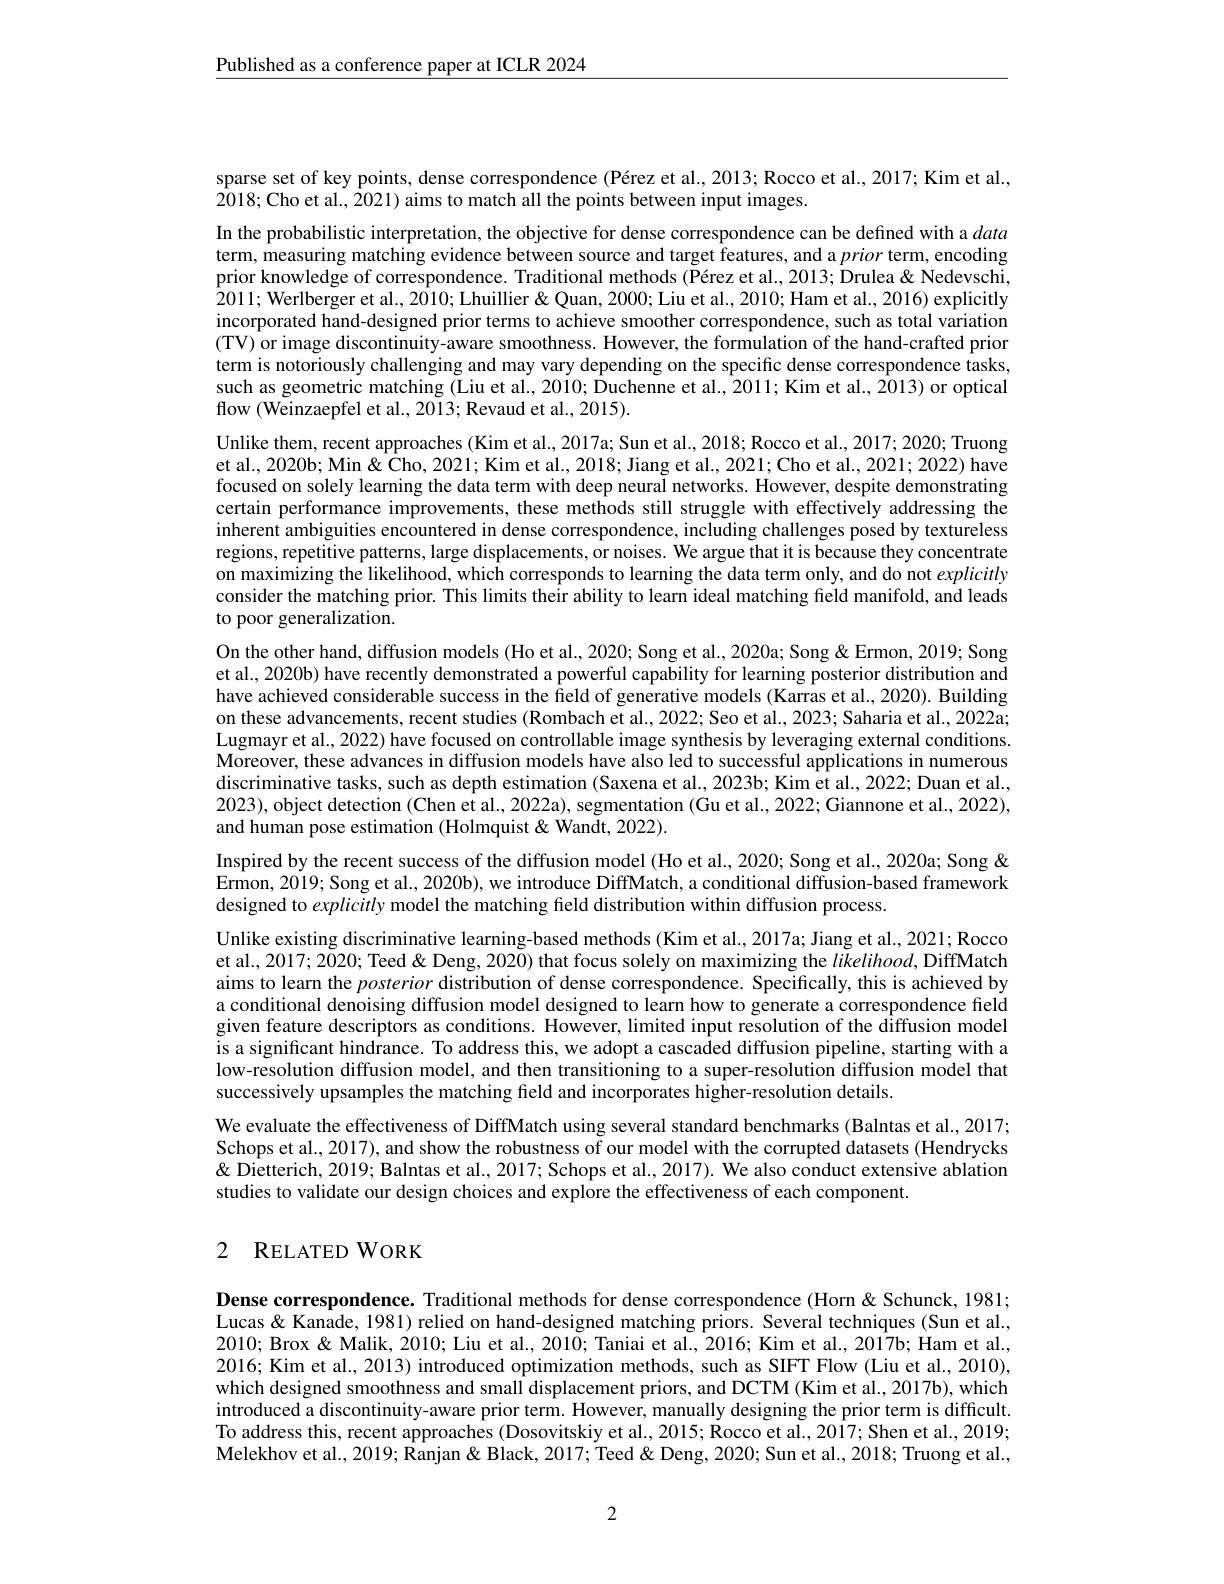
$\underline{\text{Published as a conference paper at ICLR 2024}}$

sparse set of key points, dense correspondence (Pérez et al., 2013; Rocco et al., 2017; Kim et al.,
$\hat{20}18;$Cho et al., $\hat{2021})$ aims to match all the points between input images.

In the probabilistic interpretation, the objective for dense correspondence can be defined with a data term, measuring matching evidence between source and target features, and a prior term, encoding prior knowledge of correspondence. Traditional methods (Pérez et al., 2013; Drulea& Nedevschi, $\hat{2}011;\tilde{\text{Werlbergeretal., 2010; Lhuillier }\&}$Quan, 2000; Liu et al., 2010; Ham et al., 2016) explicitly incorporated hand-designed prior terms to achieve smoother correspondence, such as total variation (TV) or image discontinuity-aware smoothness. However, the formulation of the hand-crafted prior term is notoriously challenging and may vary depending on the specific dense correspondence tasks, such as geometric matching (Liu et al., 2010; Duchenne et al., 2011; Kim et al., 2013) or optical flow (Weinzaepfel et al., 2013; Revaud et al., 2015).
Unlike them, recent approaches (Kim et al., 2017a; Sun et al., 2018; Rocco et al., 2017; 2020; Truong et al., 2020b; Min & Cho, 2021; Kim et al., 2018; Jiang et al., 2021; Cho et al., 2021; 2022) have focused on solely learning the data term with deep neural networks. However, despite demonstrating certain performance improvements, these methods still struggle with effectively addressing the inherent ambiguities encountered in dense correspondence, including challenges posed by textureless regions, repetitive patterns, large displacements, $\hat{\text{or noises.We arguethatitisbecausethey}}$ concentrate on maximizing the likelihood, which corresponds to learning the data term only, and do not explicitly consider the matching prior. This limits their ability to learn ideal matching field manifold, and leads to poor generalization.
On the other hand, diffusion models (Ho et al., 2020; Song et al., 2020a; Song & Ermon, 2019; Song et al., 2020b) have recently demonstrated a powerful capability for learning posterior distribution and have achieved considerable success in the field of generative models (Karras et al., 2020). Building on these advancements, recent studies (Rombach et al., 2022; Seo et al., 2023; Saharia et al., 2022a; Lugmayr et al., 2022) have focused on controllable image synthesis by leveraging external conditions. Moreover, these advances in diffusion models have also led to successful applications in numerous discriminative tasks, such as depth estimation (Saxena et al., 2023b; Kim et al., 2022; Duan et al., 2023),object detection (Chen et al., 2022a), segmentation (Gu et al., 2022; Giannone et al., 2022), and human pose estimation (Holmquist &Wandt, 2022).
Inspired by the recent success of the diffusion model (Ho et al., 2020; Song et al., 2020a; Song & Ermon, 2019; Song et al., 2020b), we introduce DiffMatch, a conditional diffusion-based framework designed to explicitly model the matching freld distribution within diffusion process.
Unlike existing discriminative learning-based methods (Kim et al., 2017a; Jiang et al., 2021; Rocco et al., 2017; 2020; Teed & Deng, 2020) that focus solely on maximizing the $likelihood$, DiffMatch aims to learn the posterior distribution of dense correspondence. Specifically, this is achieved by a conditional denoising diffusion model designed to learn how to generate a correspondence field given feature descriptors as conditions. However, limited input resolution of the diffusion model is a significant hindrance. To address this, we adopt a cascaded diffusion pipeline, starting with a low-resolution diffusion model, and then transitioning to a super-resolution diffusion model that successively upsamples the matching field and incorporates higher-resolution details.
We evaluate the effectiveness of DiffMatch using several standard benchmarks (Balntas et al., 2017; Schops et al., 2017), and show the robustness of our model with the corrupted datasets (Hendrycks & Dietterich, 2019; Balntas et al., 2017; Schops et al., 2017). We also conduct extensive ablation studies to validate our design choices and explore the effectiveness of each component.

## 2 RELATED WORK

Dense correspondence. Traditional methods for dense correspondence (Horn&Schunck, 1981; Lucas & Kanade, 1981) relied on hand-designed matching priors. Several techniques (Sun et al., 2010; Brox & Malik, 2010; Liu et al., 2010; Taniai et al., 2016; Kim et al., 2017b; Ham et al. 2016; Kim et al., 2013) introduced optimization methods, such as SIFT Flow (Liu et al., 2010), which designed smoothness and small displacement priors, and DCTM (Kim et al., 2017b), which introduced a discontinuity-aware prior term. However, manually designing the prior term is difficult. To address this, recent approaches (Dosovitskiy et al., 2015; Kocco et al., 2017; Shen et al., 2019; Melekhov et al., 2019; Ranjan & Black, 2017; Teed & Deng, 2020; Sun et al., 2018; Truong et al.,

2